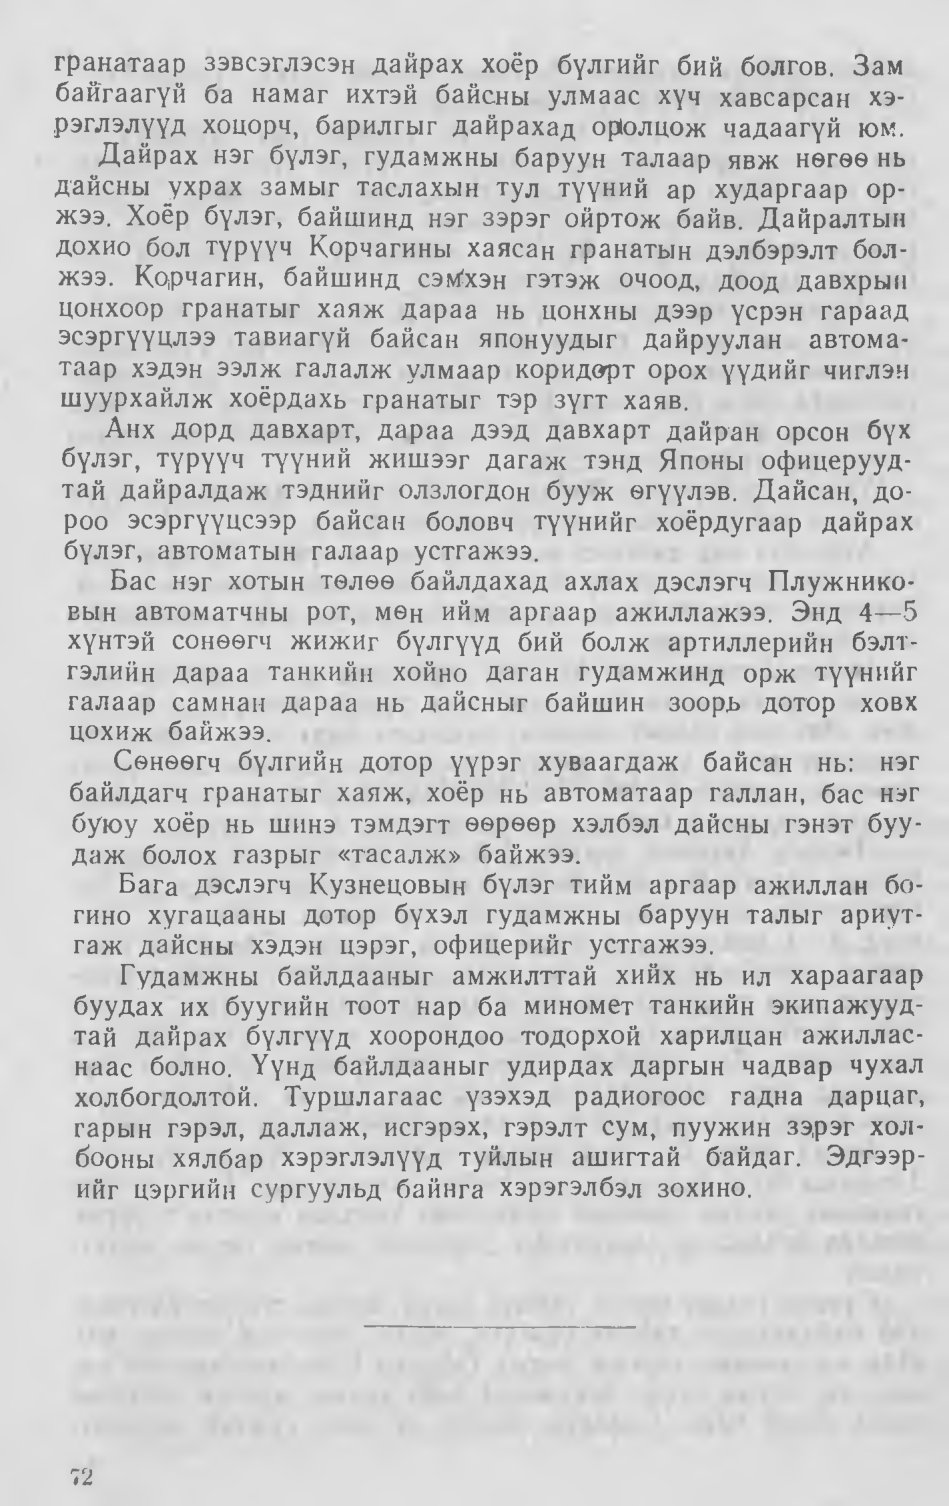
Language: mn